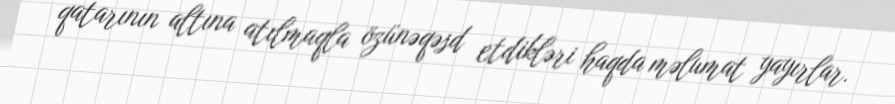
qatarının altına atılmaqla özünəqəsd etdikləri haqda məlumat yayırlar.